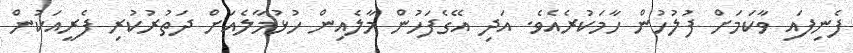
ފެނިފައި ވާކަމަށް ފުލުހުން ހާމަކުރެއެވެ. އަދި އޭގެފަހުން މާލެއިން ހުޅުމާލެއަށް ދަތުރުކުރި ފެރީއަކުން